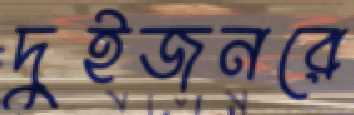
দুইজনরে